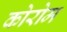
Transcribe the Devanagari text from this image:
कोरोम